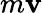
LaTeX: m\textbf{v}